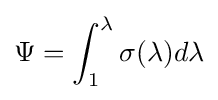
\Psi =\int _{1}^{\lambda }\sigma (\lambda )d\lambda